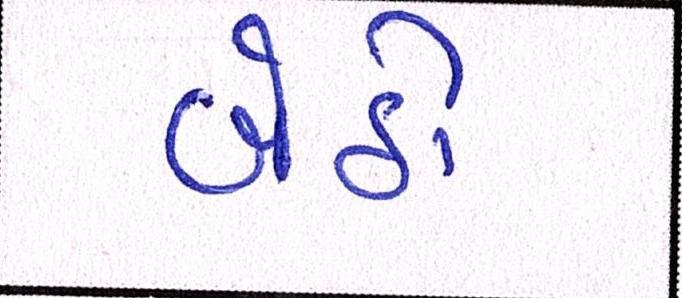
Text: બેઠી